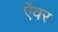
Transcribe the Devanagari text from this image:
ऐंवर